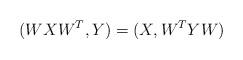
LaTeX: \begin{align*}(WXW^T,Y)=(X,W^TYW)\end{align*}